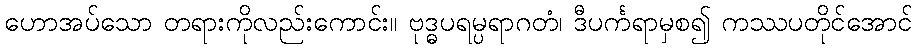
ဟောအပ်သော တရားကိုလည်းကောင်း။ ဗုဒ္ဓပရမ္ပရာဂတံ၊ ဒီပင်္ကရာမှစ၍ ကဿပတိုင်အောင်